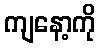
ကျနော့ကို